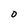
Character: O